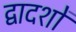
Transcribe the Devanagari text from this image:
द्वादशों